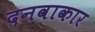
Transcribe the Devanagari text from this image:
दनवाकार